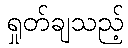
ရှုတ်ချသည့်